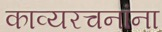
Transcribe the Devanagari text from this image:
काव्यरचनांना